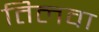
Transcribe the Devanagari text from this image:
तिलवा